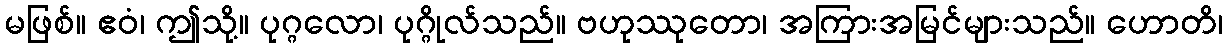
မဖြစ်။ ဧဝံ၊ ဤသို့။ ပုဂ္ဂလော၊ ပုဂ္ဂိုလ်သည်။ ဗဟုဿုတော၊ အကြားအမြင်များသည်။ ဟောတိ၊